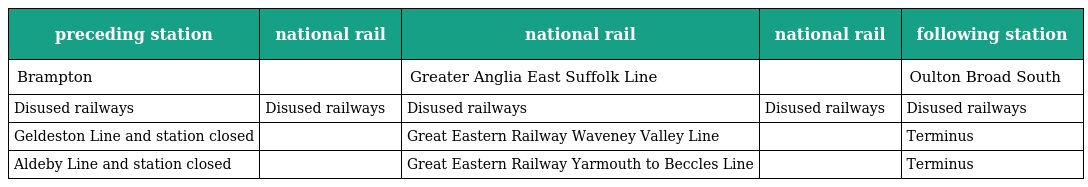
| preceding station | national rail | national rail | national rail | following station |
 | --- | --- | --- | --- | --- |
 | Brampton |  | Greater Anglia East Suffolk Line |  | Oulton Broad South |
 | Disused railways | Disused railways | Disused railways | Disused railways | Disused railways |
 | Geldeston Line and station closed |  | Great Eastern Railway Waveney Valley Line |  | Terminus |
 | Aldeby Line and station closed |  | Great Eastern Railway Yarmouth to Beccles Line |  | Terminus |